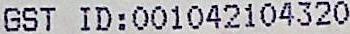
GST ID: 001042104320